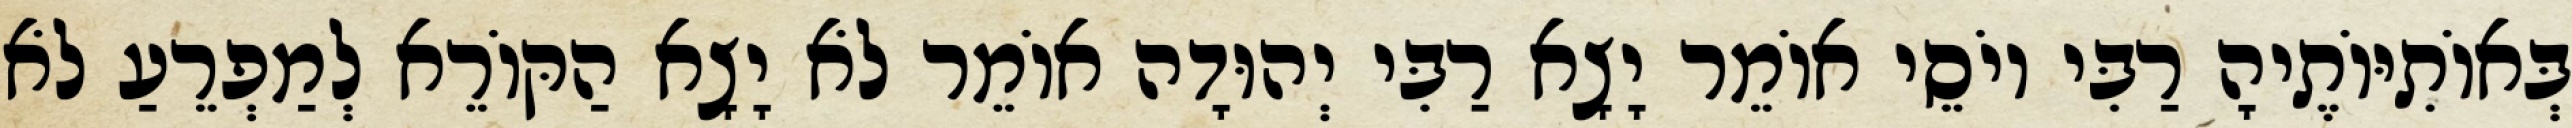
בְּאוֹתִיּוֹתֶיהָ רַבִּי יוֹסֵי אוֹמֵר יָצָא רַבִּי יְהוּדָה אוֹמֵר לֹא יָצָא הַקּוֹרֵא לְמַפְרֵעַ לֹא